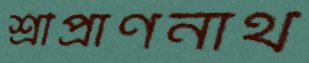
শ্রীপ্রাণনাথ